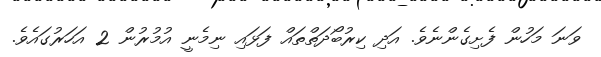
ވަނަ މަހުން ފެށިގެންނެވެ. އަދި ކިރުބޯދަތްތައް ފަޅައި ނިމެނީ އުމުރުން 2 އަހަރުގައެވެ.